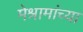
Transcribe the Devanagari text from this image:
मेश्रामांच्या